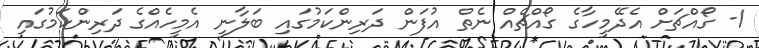
1- ގޯއްޗަށް އެދޭމީހާގެ ގޯއްޗެއް ނެތް އުފަން ދަރިންކަމުގައި ބަލާނީ އެމީހެއްގެ ދަރިންކަމުގައި